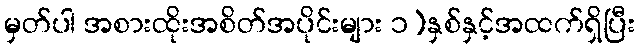
မှတ်ပါ အစားထိုးအစိတ်အပိုင်းများ ၁)နှစ်နှင့်အထက်ရှိပြီး